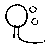
ဝူး